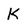
Character: K